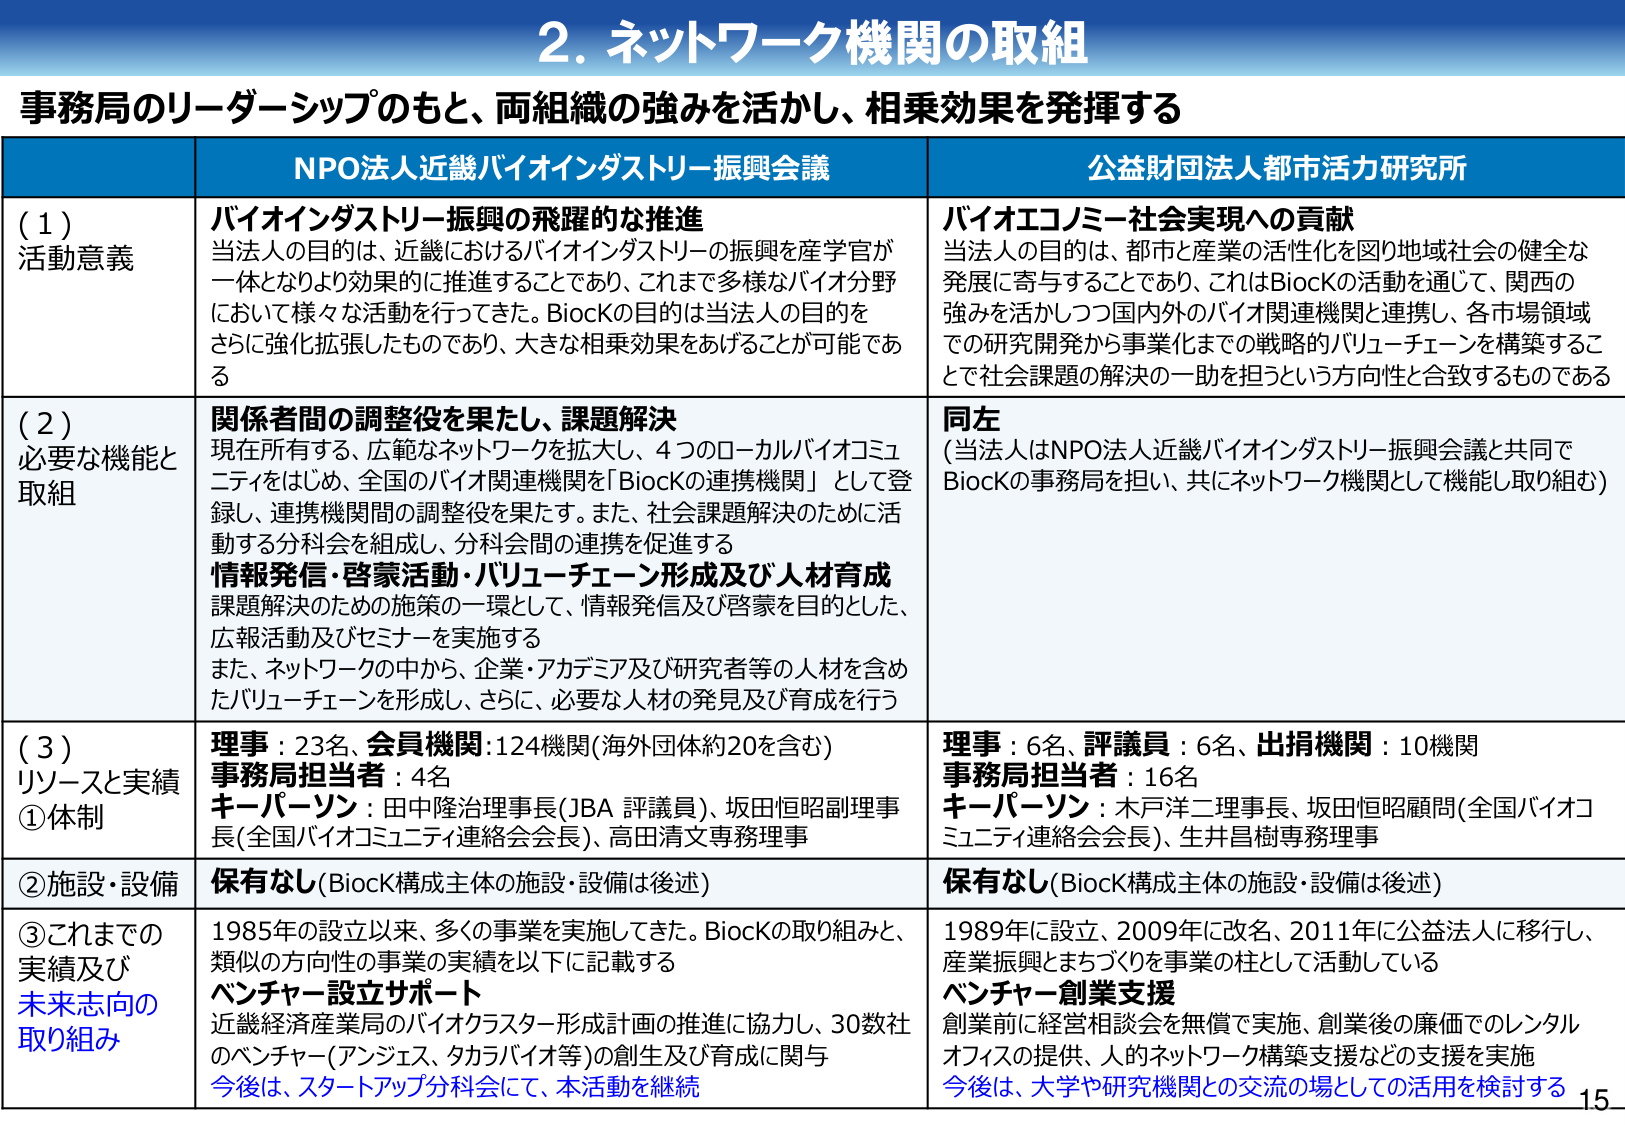
2. ネットワーク機関の取組
事務局のリーダーシップのもと、両組織の強みを活かし、相乗効果を発揮する

NPO法人近畿バイオインダストリー振興会議
公益財団法人都市活力研究所

(1) 活動意義
バイオインダストリー振興の飛躍的な推進
当法人の目的は、近畿におけるバイオインダストリーの振興を産学官が一体となりより効果的に推進することであり、これまで多様なバイオ分野において様々な活動を行ってきた。Biockの目的は当法人の目的をさらに強化拡張したものであり、大きな相乗効果をあげることが可能である

バイオエコノミー社会実現への貢献
当法人の目的は、都市と産業の活性化を図り地域社会の健全な発展に寄与することであり、これはBiockの活動を通じて、関西の強みを活かしつつ国内外のバイオ関連機関と連携し、各市場領域での研究開発から事業化までの戦略的バリューチェーンを構築することで社会課題の解決の一助を担うという方向性と合致するものである

(2) 必要な機能と取組
関係者間の調整役を果たし、課題解決
現在所有する、広範なネットワークを拡大し、4つのローカルバイオコミュニティをはじめ、全国のバイオ関連機関を「Biockの連携機関」として登録し、連携機関間の調整役を果たす。また、社会課題解決のために活動する分科会を組成し、分科会間の連携を促進する

情報発信・啓蒙活動・バリューチェーン形成及び人材育成
課題解決のための施策の一環として、情報発信及び啓蒙を目的とした、広報活動及びセミナーを実施する
また、ネットワークの中から、企業・アカデミア及び研究者等の人材を含めたバリューチェーンを形成し、さらに、必要な人材の発見及び育成を行う

同左
(当法人はNPO法人近畿バイオインダストリー振興会議と共同でBiockの事務局を担当、共にネットワーク機関として機能し取り組む)

(3) リソースと実績
①体制
理事：23名、会員機関：124機関（海外団体約20を含む）
事務局担当者：4名
キーパーソン：田中隆治理事長（JBA 評議員）、坂田恒昭副理事長（全国バイオコミュニティ連絡会会長）、高田清文専務理事

理事：6名、評議員：6名、出捐機関：10機関
事務局担当者：16名
キーパーソン：木戸洋二理事長、坂田恒昭顧問（全国バイオコミュニティ連絡会会長）、生井昌樹専務理事

②施設・設備
保有なし（Biock構成主体の施設・設備は後述）
保有なし（Biock構成主体の施設・設備は後述）

③これまでの実績及び未来志向の取り組み
1985年の設立以来、多くの事業を実施してきた。Biockの取り組みと、類似の方向性の事業の実績を以下に記載する
ベンチャー設立サポート
近畿経済産業局のバイオクラスター形成計画の推進に協力し、30数社のベンチャー（アンジェス、タカラバイオ等）の創生及び育成に関与
今後は、スタートアップ分科会にて、本活動を継続

1989年に設立、2009年に改名、2011年に公益法人に移行し、産業振興とまちづくりを事業の柱として活動している
ベンチャー創業支援
創業前に経営相談会を無償で実施、創業後の廉価でのレンタルオフィスの提供、人的ネットワーク構築支援などの支援を実施
今後は、大学や研究機関との交流の場としての活用を検討する

15